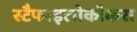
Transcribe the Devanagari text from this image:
स्टैफाइलोकॉकस